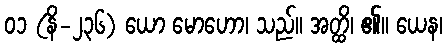
၀၁ (နိ-၂၃၆) ယော မောဟော၊ သည်။ အတ္ထိ၊ ၏။ ယေန၊